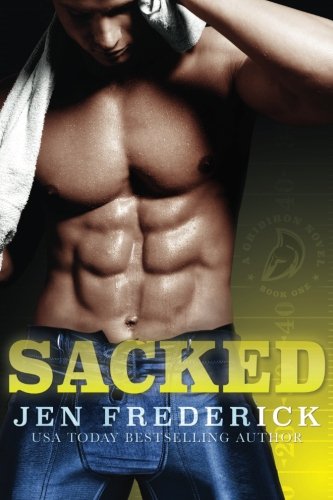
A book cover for Sacked (A Gridiron Novel) (Volume 1); Jen Frederick; Romance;